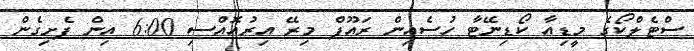
ސްޓެލްކޯގެ މީޑިއާ ކޯޑިނޭޓާ ހުސެއިން ރައޫފް މިރޭ އިރުއޮއްސި 6:00 އިން ފެށިގެން